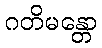
ဂတိမန္တော